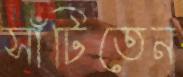
সাঁটিতেন